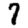
Digit: 7